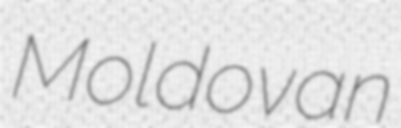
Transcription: Moldovan